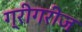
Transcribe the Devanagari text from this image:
ग्रीगरीज